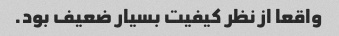
واقعا از نظر کیفیت بسیار ضعیف بود.